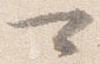
可